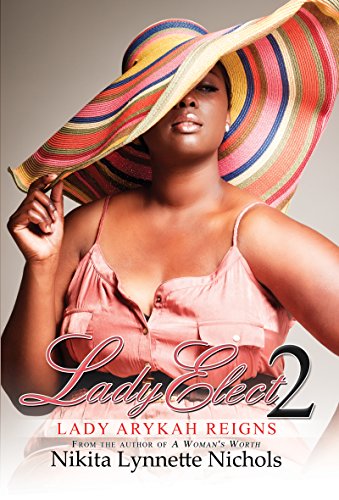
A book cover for Lady Elect 2: Lady Arykah Reigns; Nikita Lynnette Nichols; Literature & Fiction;